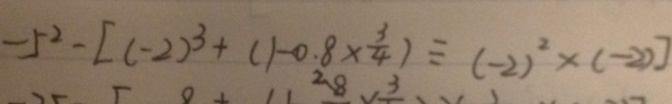
- 5 ^ { 2 } - [ ( - 2 ) ^ { 3 } + ( 1 + 0 . 8 \times \frac { 3 } { 4 } ) \div ( - 2 ) ^ { 2 } \times ( - 2 ) ]